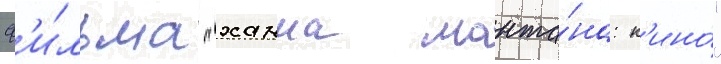
ф'и́льма "ханна монта́на: к'ино́"